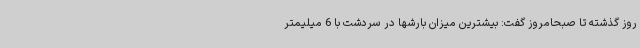
روز گذشته تا صبحامروز گفت: بیشترین میزان بارشها در سردشت با 6 میلیمتر